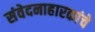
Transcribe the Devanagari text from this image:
संवेदनाहारकांचे